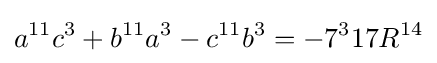
a^{11}c^{3}+b^{11}a^{3}-c^{11}b^{3}=-7^{3}17R^{14}